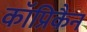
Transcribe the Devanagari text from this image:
कॉप्रिकैन